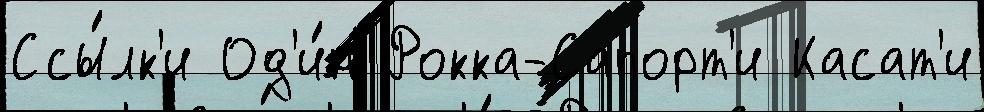
Ссы́лк'и Од'и́н Рокка-Сапорт'и Касат'и